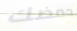
حمضك